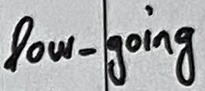
Text: low_going